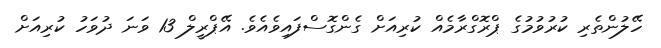
ހޭލުންތެރި ކުރުވުމުގެ ޕްރޮގްރާމެއް ކުރިއަށް ގެންގޮސްފައިވެއެވެ. އޭޕްރީލް 13 ވަނަ ދުވަހު ކުރިއަށް